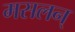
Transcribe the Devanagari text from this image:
मसलन्